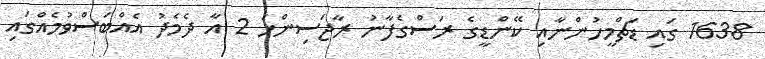
1638 ގައި ޑަޗްމީހުންނާއި ކޭންޑީގެ ރަސްގެފާނު ރާޖަސިންހަ 2 އާ ދެމެދު އެއްބަސްވުމެއްގައި